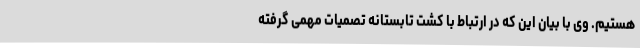
هستیم. وی با بیان این که در ارتباط با کشت تابستانه تصمیات مهمی گرفته